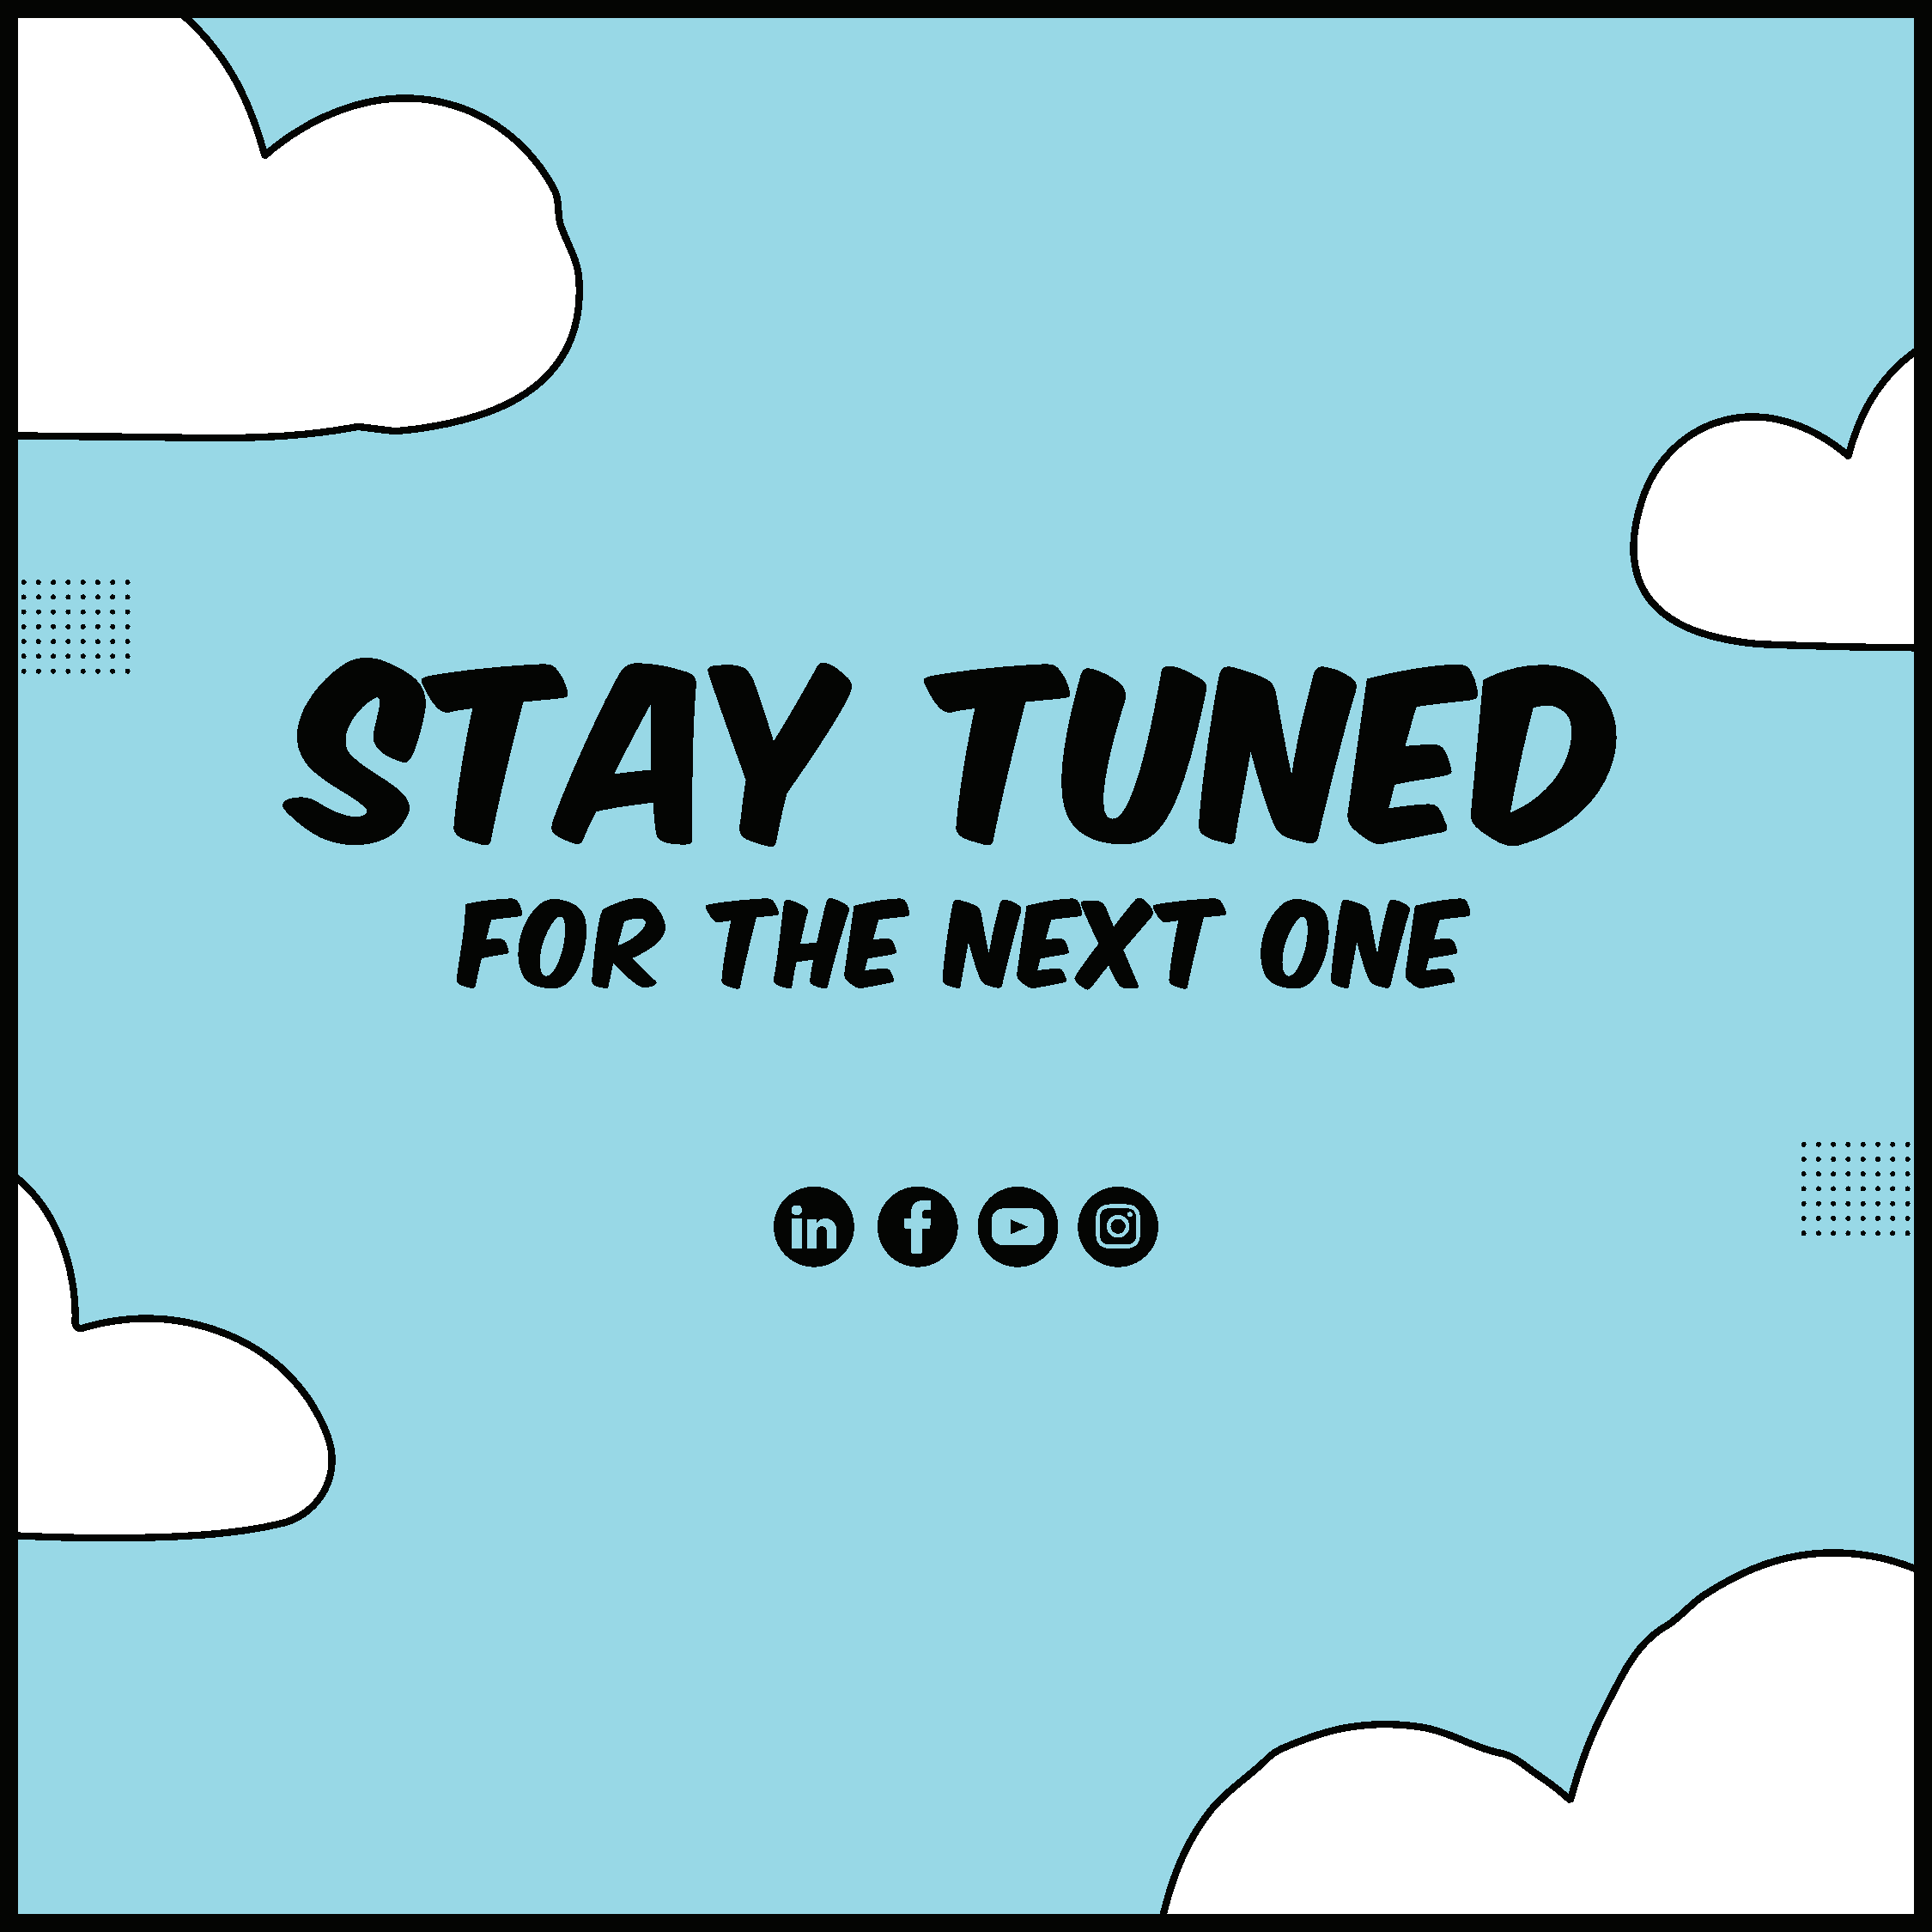
stay                                             tuned
 for                the               next                     one